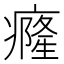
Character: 癃